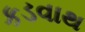
કડવાથ